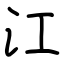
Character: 江